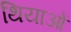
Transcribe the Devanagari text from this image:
थियाओं